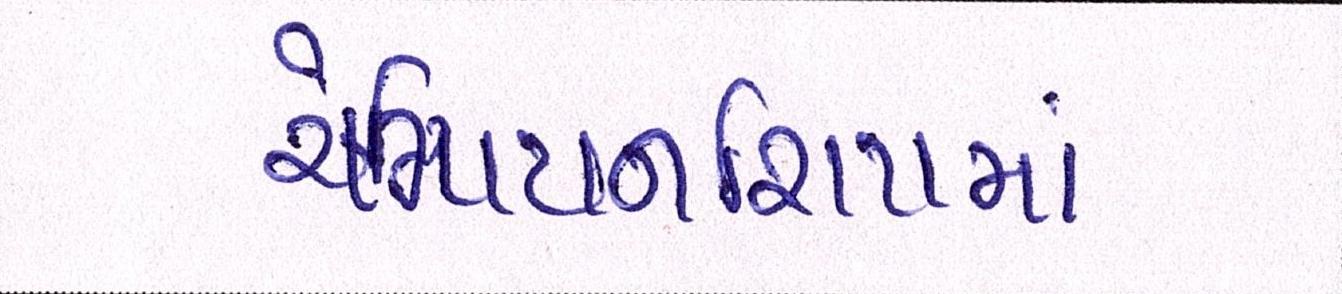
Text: ચેમ્પિયનશિપમાં